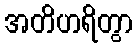
အတိဟရိတွာ